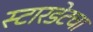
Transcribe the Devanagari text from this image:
स्टारडेटचा